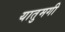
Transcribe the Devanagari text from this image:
यातुमगी